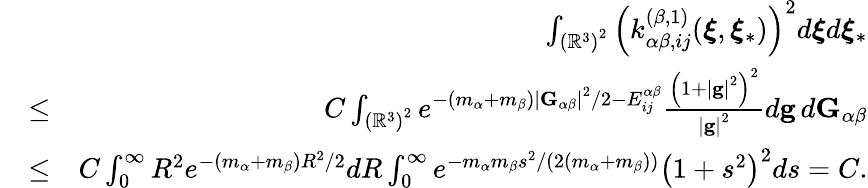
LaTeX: \begin{array}{rlr}&{}&{\int_{\left(\mathbb{R}^{3}\right)^{2}}\left(k_{\alpha\beta,ij}^{\left(\beta,1\right)}(\boldsymbol{\xi},\boldsymbol{\xi}_{\ast})\right)^{2}d\boldsymbol{\xi}d\boldsymbol{\xi}_{\ast}}\\ &{\leq}&{C\int_{\left(\mathbb{R}^{3}\right)^{2}}e^{-\left(m_{\alpha}+m_{\beta}\right)\left\vert\mathbf{G}_{\alpha\beta}\right\vert^{2}/2-E_{ij}^{\alpha\beta}}\frac{\left(1+\left\vert\mathbf{g}\right\vert^{2}\right)^{2}}{\left\vert\mathbf{g}\right\vert^{2}}d\mathbf{g}\boldsymbol{\, }d\mathbf{G}_{\alpha\beta}}\\ &{\leq}&{C\int_{0}^{\infty}R^{2}e^{-\left(m_{\alpha}+m_{\beta}\right)R^{2}/2}dR\int_{0}^{\infty}e^{-m_{\alpha}m_{\beta}s^{2}/(2\left(m_{\alpha}+m_{\beta}\right))}\left(1+s^{2}\right)^{2}ds=C\mathrm{.}}\end{array}